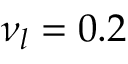
{ \nu _ { l } } = 0 . 2